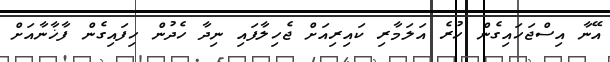
އޭނާ އިސްޖަހައިގެން ހުރެ އަލަމާރި ކައިރިއަށް ޖެހިލާފައި ނިދާ ހެދުން ހިފައިގެން ފާޚާނާއަށް